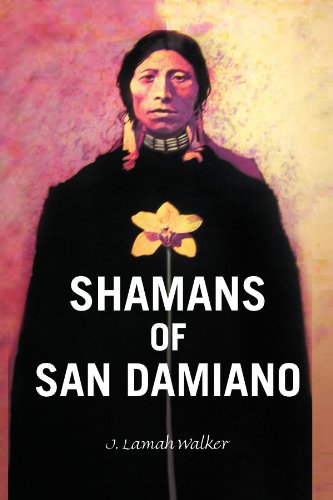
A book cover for Shamans of San Damiano; J Lamah Walker; Religion & Spirituality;